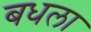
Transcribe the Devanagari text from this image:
बधला